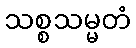
သစ္စသမ္မတံ